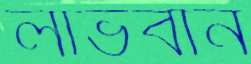
লাভবান